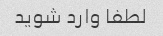
لطفا وارد شوید